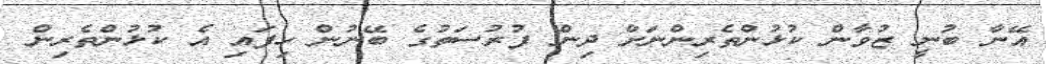
އޭނާ ބުނީ ޒުވާން ކުޅުންތެރިންނަށް ދިން ފުރުސަތުގެ ބޭނުން ހިފައި އެ ކުޅުންތެރިން